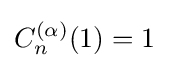
C_{n}^{(\alpha )}(1)=1